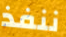
ننفذ